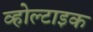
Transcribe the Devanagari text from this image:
व्होल्टाइक